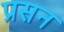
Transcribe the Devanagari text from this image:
प्रसन